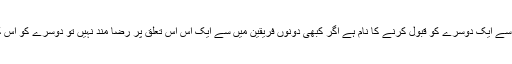
شادی باہمی محبّت اور پیار سے ایک دوسرے کو قبول کرنے کا نام ہے اگر کبھی دونوں فریقین میں سے ایک اس اس تعلق پر رضا مند نہیں تو دوسرے کو اس کے ساتھ تعاون کرنا چاہیے۔